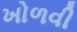
ખોળવી